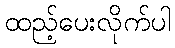
ထည့်ပေးလိုက်ပါ